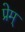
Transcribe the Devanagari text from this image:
प्रेम्